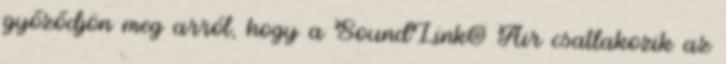
győződjön meg arról, hogy a SoundLink® Air csatlakozik az